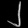
Digit: ၂